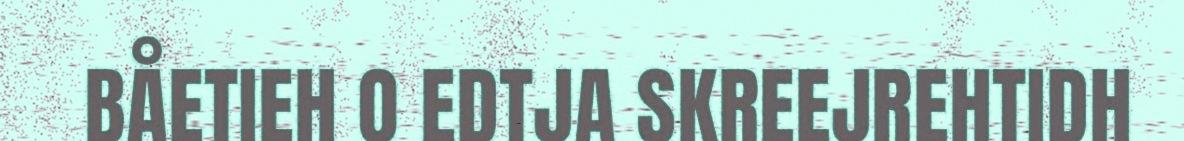
BÅETIEH O EDTJA SKREEJREHTIDH